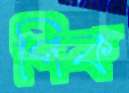
পিক